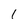
Character: 1